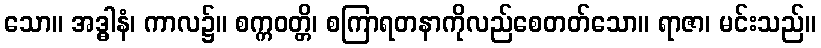
သော။ အဒ္ဓါနံ၊ ကာလ၌။ စက္ကဝတ္တိ၊ စကြာရတနာကိုလည်စေတတ်သော။ ရာဇာ၊ မင်းသည်။